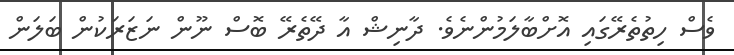
ވެސް ހިތުތެރޭގައި އޮށްބާލަމުންނެވެ. ދާނިޝް އާ ދޭތެރޭ ބޮސް ނޫން ނަޒަރަކުން ބަލަން